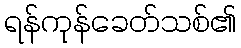
ရန်ကုန်ခေတ်သစ်၏